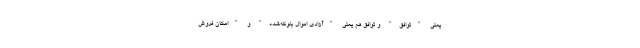
یعنی "توافق" و توافق هم یعنی "آزادی اموال بلوکه‌شده" و "امکان فروش